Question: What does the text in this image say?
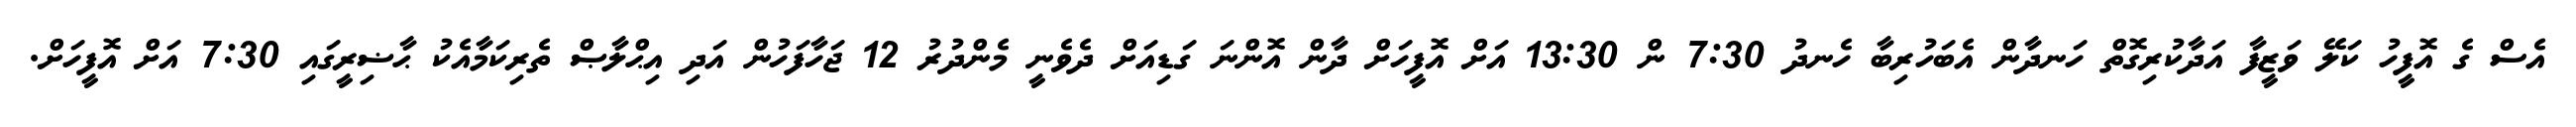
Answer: އެސް ގެ އޮފީހު ކަލޭ ވަޒީފާ އަދާކުރިގޮތް ހަނދާން އެބަހުރިބާ ހެނދު 7:30 ން 13:30 އަށް އޮފީހަށް ދާން އޮންނަ ގަޑިއަށް ދެވެނީ މެންދުރު 12 ޖަހާފަހުން އަދި އިޙްލާޞް ތެރިކަމާއެކު ޙާޟިރީގައި 7:30 އަށް އޮފީހަށް.